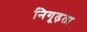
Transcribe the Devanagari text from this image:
निगूढ़ता